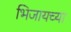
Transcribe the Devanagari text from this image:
भिजायच्या